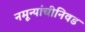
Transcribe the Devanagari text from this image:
नमून्यांचीनिवड